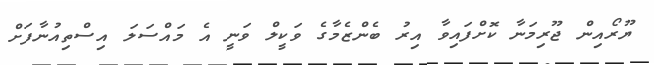
ޔޫރޯއިން ޖޫރިމަނާ ކޮށްފައިވާ އިރު ބެންޒެމާގެ ވަކީލް ވަނީ އެ މައްސަލަ އިސްތިއުނާފަށް